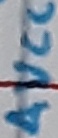
Text: AVCC